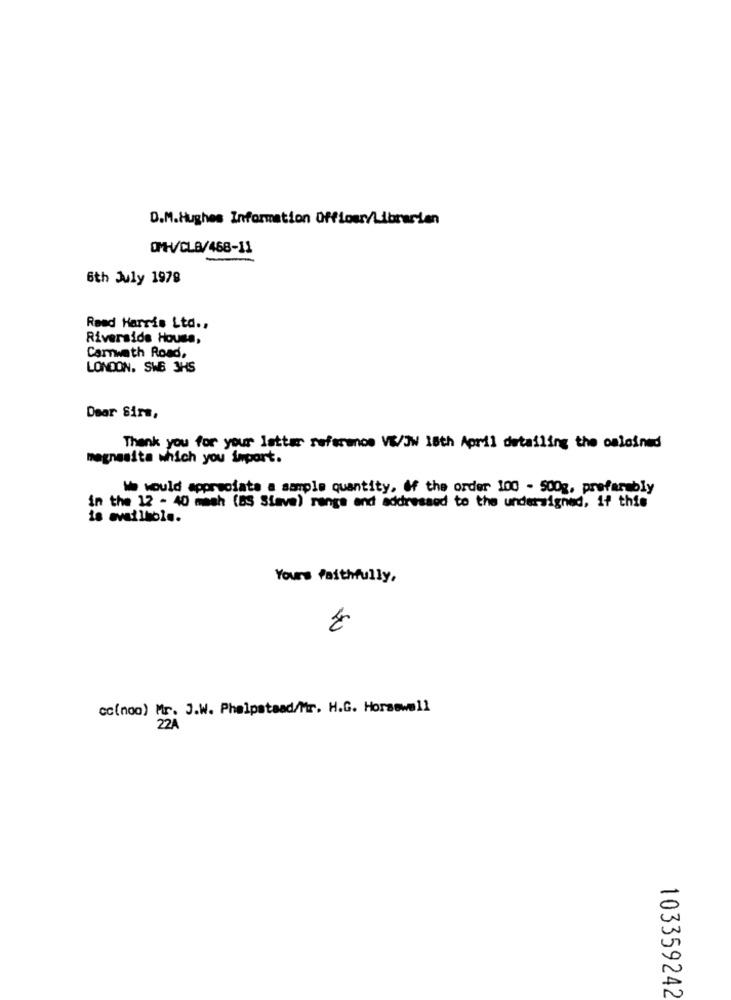
D.M.Hughes Information Officer/Librarian
OMH/CL8/468-11
6th July 1978
Røed Harris Ltd .,
Riverside House,
Carwath Road,
LONDON. SWB 3HS
Dear Sirs,
Thank you for your latter referenos VE/JW 18th April detailing the osloined
magnesita which you import.
We would appreciate a sample quantity, of the order 100 - 500g, preferably
in the 12 - 40 mash (BS Slave) range and addressed to the undersigned, if this
is available.
Yours faithfully,
cc(noo) Mr. J.W. Phelpstaad/Mr. H.G. Horsewell
22A
103359242